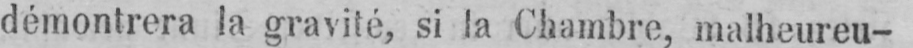
démontrera la gravité, si la Chambre, malheureu-